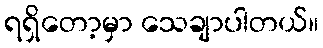
ရရှိတော့မှာ သေချာပါတယ်။